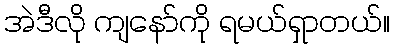
အဲဒီလို ကျနော်ကို ရမယ်ရှာတယ်။